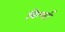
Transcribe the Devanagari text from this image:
विल्बर्ट